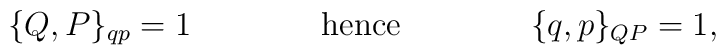
\{  Q, P  \}_{qp} = 1  \qquad\qquad  \hbox{hence} \qquad\qquad\{  q, p  \}_{QP} = 1,